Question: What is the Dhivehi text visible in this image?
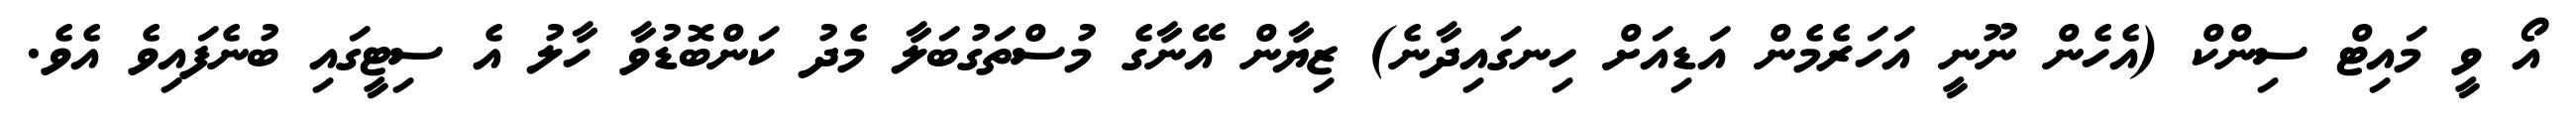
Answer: އޯ ވީ މައިޓް ސިންކް (އެހެން ނޫނީ އަހަރެމެން އަޑިއަށް ހިނގައިދާނެ) ޒިޔާން އޭނާގެ މުސްތަގުބަލާ މެދު ކަންބޮޑުވާ ހާލު އެ ސިޓީގައި ބުނެފައިވެ އެވެ.